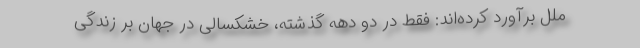
ملل برآورد کرده‌اند: فقط در دو دهه گذشته، خشکسالی در جهان بر زندگی